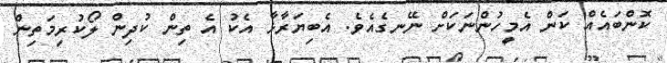
ކޮންބައެއް ކަން އެމީހުންނަކަށް ނޭނގެއެވެ. އެބިޔަރާޅާ އެކު އެ ތިން ކުދިން ލޯކުރިމަތިން